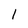
Character: 1